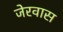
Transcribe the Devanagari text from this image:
जेरवास